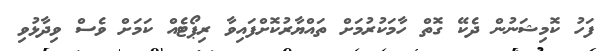
ފަހު ކޮމިޝަނުން ދެކޭ ގޮތް ހާމަކުރުމަށް ތައްޔާރުކޮށްފައިވާ ރިޕޯޓެއް ކަމަށް ވެސް ވިދާޅުވި